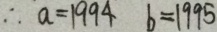
\therefore a = 1 9 9 4 b = 1 9 9 5